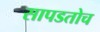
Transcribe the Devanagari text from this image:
सापडतोच